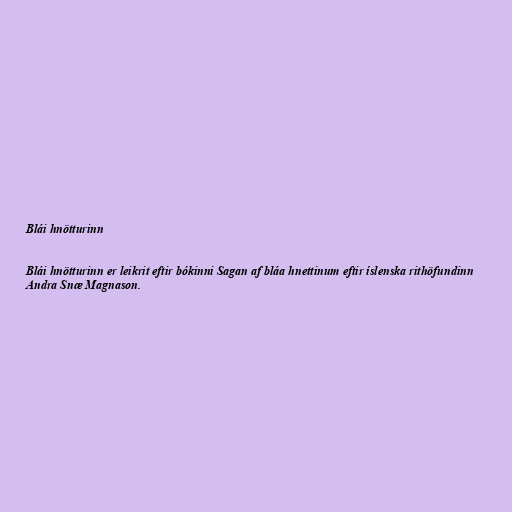
Blái hnötturinn

Blái hnötturinn er leikrit eftir bókinni Sagan af bláa hnettinum eftir íslenska rithöfundinn
Andra Snæ Magnason.